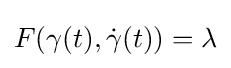
F(\gamma (t),{\dot {\gamma }}(t))=\lambda